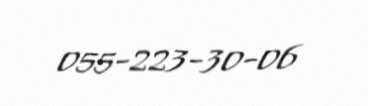
055-223-30-06